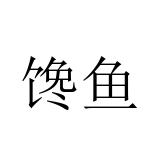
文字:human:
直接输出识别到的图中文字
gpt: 馋鱼